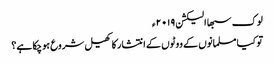
لوک سبھا الیکشن ۲۰۱۹ء
تو کیا مسلمانوں کے ووٹوں کے انتشار کا کھیل شروع ہوچکا ہے؟